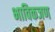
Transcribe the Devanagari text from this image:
भाविकजण